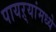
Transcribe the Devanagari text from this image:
पायऱ्यांमध्ये